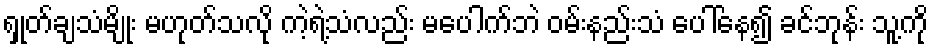
ရှုတ်ချသံမျိုး မဟုတ်သလို ကဲ့ရဲ့သံလည်း မပေါက်ဘဲ ဝမ်းနည်းသံ ပေါ်နေ၍ ခင်ဘုန်း သူ့ကို